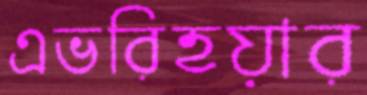
এভরিহয়ার